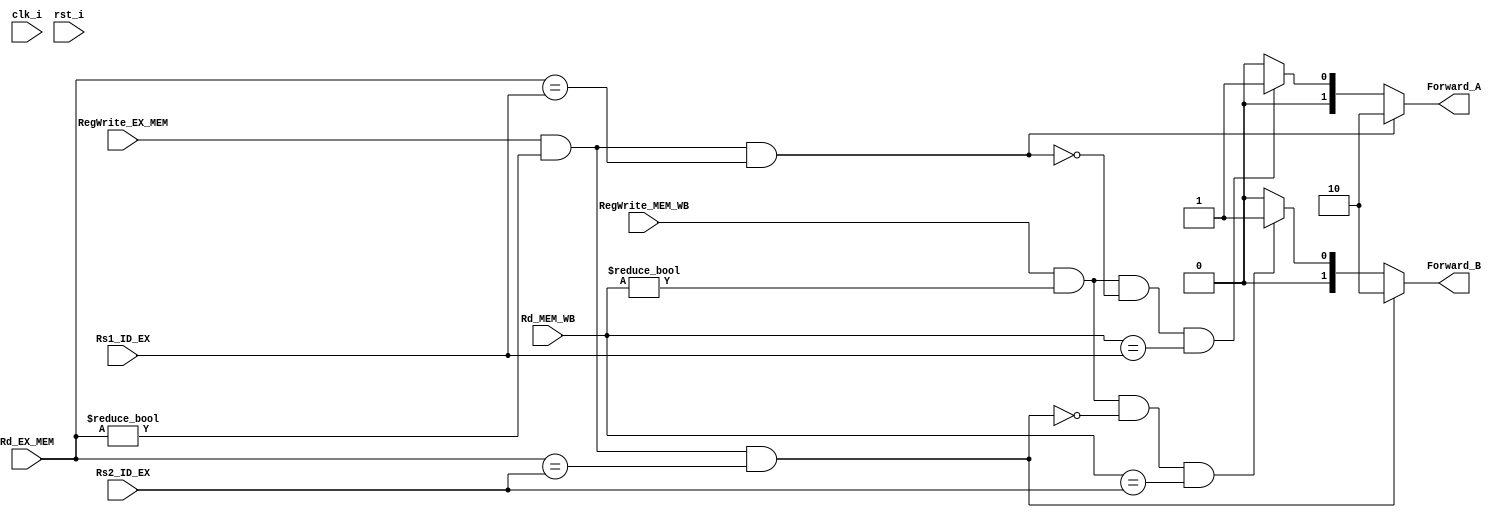
/***************************************************
Student Name: 
Student ID: 
***************************************************/

`timescale 1ns/1ps
module Forwarding_Unit(
	input clk_i,
	input rst_i,
	input [5-1:0] Rs1_ID_EX,
	input [5-1:0] Rs2_ID_EX,
	input [5-1:0] Rd_EX_MEM,
	input [5-1:0] Rd_MEM_WB,
	input          RegWrite_EX_MEM,
	input          RegWrite_MEM_WB,
	output reg [2-1:0] Forward_A,
	output reg [2-1:0] Forward_B
	);

always@(*) begin
		// Rs1
		/*EX Hazard*/
		if(RegWrite_EX_MEM && Rd_EX_MEM != 5'd0 && Rd_EX_MEM == Rs1_ID_EX) 
		    begin
			Forward_A <= 2'b10;
		    end
		/*MEM Hazard*/
		else if(RegWrite_MEM_WB && Rd_MEM_WB != 5'd0 && !((RegWrite_EX_MEM && Rd_EX_MEM != 5'd0) && (Rd_EX_MEM == Rs1_ID_EX)) && Rd_MEM_WB == Rs1_ID_EX) 
		    begin
			Forward_A <= 2'b01;
		    end
		/* Source ID/EX*/
		else 
		    begin
			Forward_A <= 2'b00;
		    end
		// Rs2
		/*EX Hazard*/
		if(RegWrite_EX_MEM && Rd_EX_MEM != 5'd0 && Rd_EX_MEM == Rs2_ID_EX) 
		    begin
			Forward_B <= 2'b10;
		    end
		/*MEM Hazard*/
		else if(RegWrite_MEM_WB && Rd_MEM_WB != 5'd0 && !((RegWrite_EX_MEM && Rd_EX_MEM != 5'd0) && (Rd_EX_MEM == Rs2_ID_EX)) && Rd_MEM_WB == Rs2_ID_EX) 
		    begin
			Forward_B <= 2'b01;
		    end
		/* Source ID/EX*/
		else 
		    begin
			Forward_B <= 2'b00;
		    end
end
endmodule